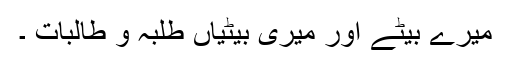
میرے بیٹے اور میری بیٹیاں طلبہ و طالبات ۔